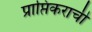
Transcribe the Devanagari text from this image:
प्राप्तिकराची